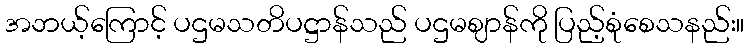
အဘယ့်ကြောင့် ပဌမသတိပဋ္ဌာန်သည် ပဌမဈာန်ကို ပြည့်စုံစေသနည်း။